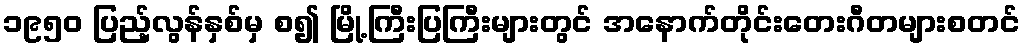
၁၉၅၀ ပြည့်လွန်နှစ်မှ စ၍ မြို့ကြီးပြကြီးများတွင် အနောက်တိုင်းတေးဂီတများစတင်